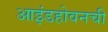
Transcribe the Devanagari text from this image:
आइंडहोवनची